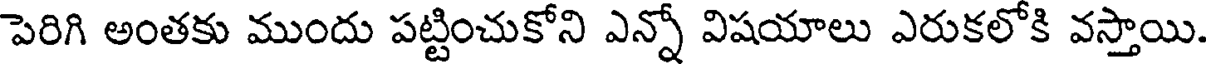
పెరిగి అంతకు ముందు పట్టించుకోని ఎన్నో విషయాలు ఎరుకలోకి వస్తాయి.